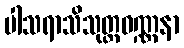
ပါသရာသိသုတ္တဝဏ္ဏနာ